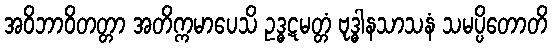
အဝိဘာဝိတတ္တာ အတိက္ကမာပေသိ ဥဒ္ဓဋမတ္တံ ဗုဒ္ဓါနသာသနံ သမပ္ပိတောတိ